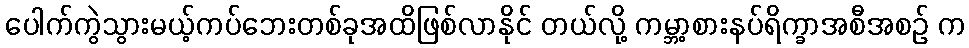
ပေါက်ကွဲသွားမယ့်ကပ်ဘေးတစ်ခုအထိဖြစ်လာနိုင် တယ်လို့ ကမ္ဘာ့စားနပ်ရိက္ခာအစီအစဉ် က